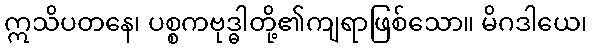
ဣသိပတနေ၊ ပစ္စကဗုဒ္ဓါတို့၏ကျရာဖြစ်သော။ မိဂဒါယေ၊